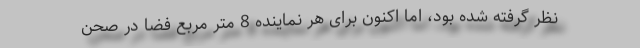
نظر گرفته شده بود، اما اکنون برای هر نماینده 8 متر مربع فضا در صحن